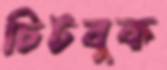
চিটবুক